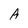
Character: A